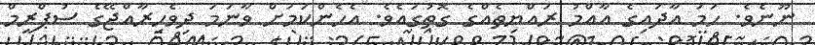
ނޫނެވެ. ހަމަ އާދައިގެ އާއްމު ރައްޔިތެއްގެ ގޮތުގައެވެ. އެހެންކަމަށް ވާނަމަ ދިވެހިރާއްޖޭގެ ސުޕްރީމް